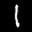
Label: 1